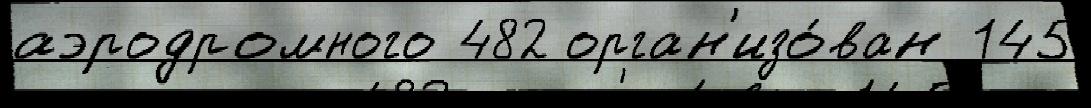
аэродромного 482 орган'изо́ван 145